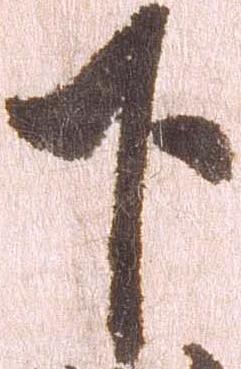
下